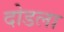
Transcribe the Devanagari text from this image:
दोडला